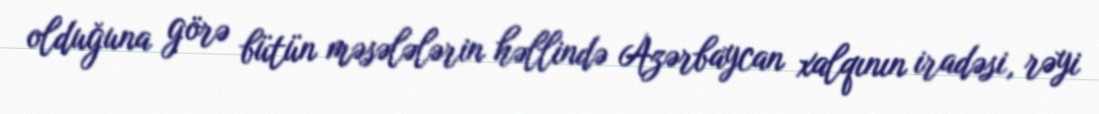
olduğuna görə bütün məsələlərin həllində Azərbaycan xalqının iradəsi, rəyi